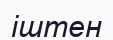
іштен